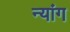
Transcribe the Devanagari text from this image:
न्यांग